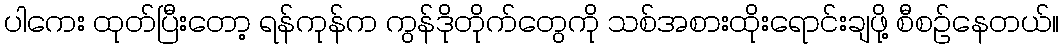
ပါကေး ထုတ်ပြီးတော့ ရန်ကုန်က ကွန်ဒိုတိုက်တွေကို သစ်အစားထိုးရောင်းချဖို့ စီစဉ်နေတယ်။